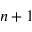
n + 1